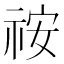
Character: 𥙔